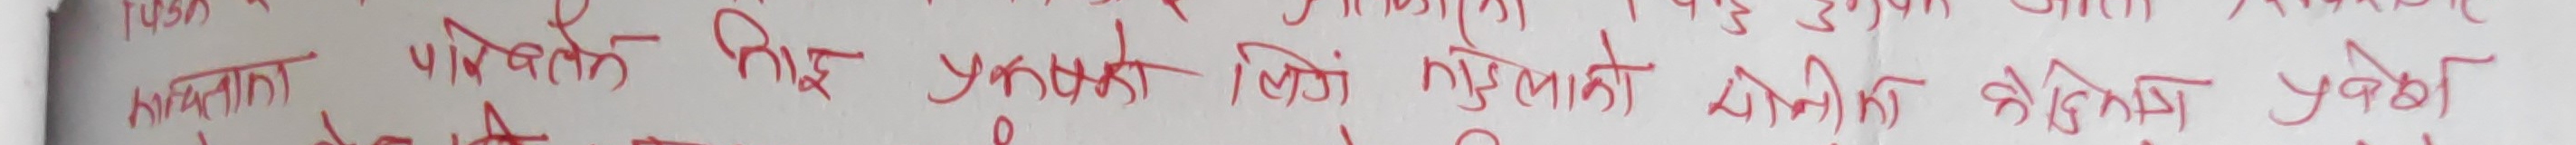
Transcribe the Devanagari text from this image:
कार्यका पार्बर्ले भई पुनरावलोकन लिई सुविस्ताको भौतिक छोडेर प्रबेश